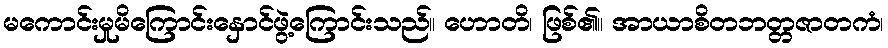
မကောင်းမှုမိကြောင်းနှောင်ဖွဲ့ကြောင်းသည်။ ဟောတိ၊ ဖြစ်၏။ အာယာစိတဘတ္တဇာတကံ၊